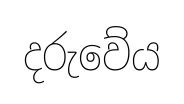
දරුවේය